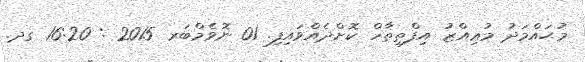
މުޙައްމަދު މުޢިއްޒު އިފްތިތާހް ކޮށްދެއްވައިފި. 01 ނޮވެމްބަރ 2015 : 16:20 ގދ.